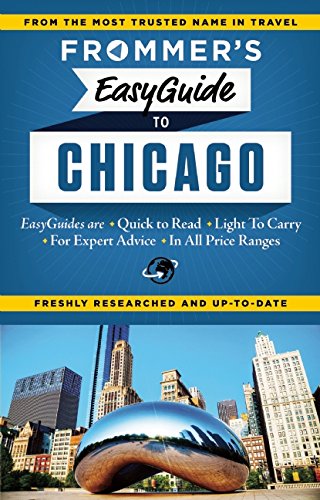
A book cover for Frommer's EasyGuide to Chicago (Easy Guides); Kate Silver; Travel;